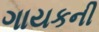
ગાયકની